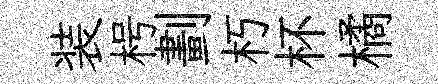
装枵劃朽杯橘